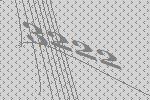
3222